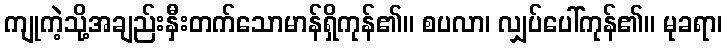
ကျုကဲ့သို့အချည်းနှီးတက်သောမာန်ရှိကုန်၏။ စပလာ၊ လျှပ်ပေါ်ကုန်၏။ မုခရာ၊